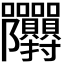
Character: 𭍙